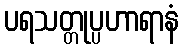
ပရသတ္တုပ္ပဟာရာနံ